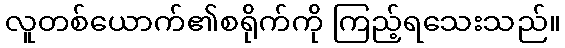
လူတစ်ယောက်၏စရိုက်ကို ကြည့်ရသေးသည်။